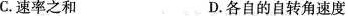
C.速率之和 D.各自的自转角速度